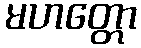
မဟတ္တော